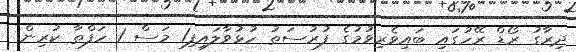
ދިރާގު ރޯޑް ރޭހުގައި ބައިވެރިވުމުގެ ފުރުސަތު ހުޅުވާލައިފި1 މަސް 1 ހަފްތާ ކުރިން.